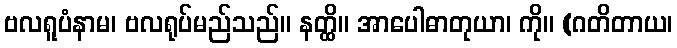
ဗလရူပံနာမ၊ ဗလရုပ်မည်သည်။ နတ္ထိ။ အာပေါဓာတုယာ၊ ကို။ (ဂတိတာယ၊